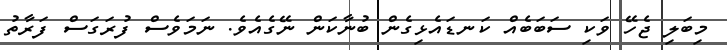
މިބަލި ޖެހޭ ވަކި ސަބަބެއް ކަނޑައެޅިގެން ބުނާކަން ނޭގެއެވެ. ނަމަވެސް ފުރަގަސް ފަރާތު